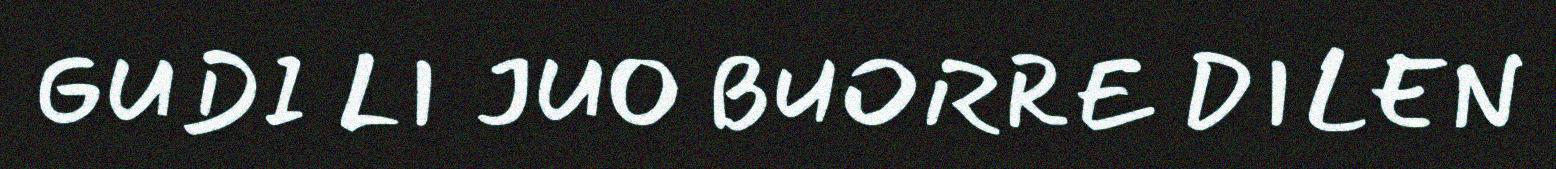
GUDI LI JUO BUORRE DILEN